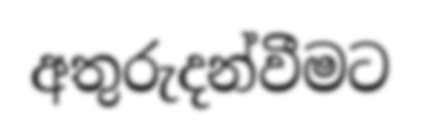
අතුරුදන්වීමට